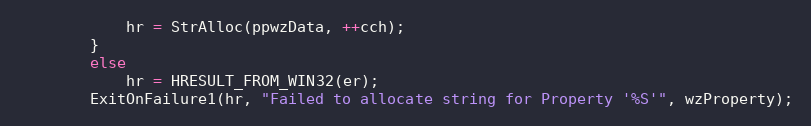
Language: C++
			hr = StrAlloc(ppwzData, ++cch);
		}
		else
			hr = HRESULT_FROM_WIN32(er);
		ExitOnFailure1(hr, "Failed to allocate string for Property '%S'", wzProperty);